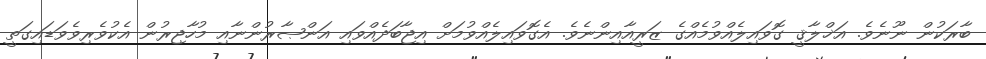
ބާރަކުން ނޫނެވެ. އަޚްލާޤީ ގޮވައިލެއްވުމެއްގެ ޒަރީއާއިންނެވެ. އެގޮވައިލެއްވުމަށް އިޖާބަދެއްވައި އަންޞާރުންނާއި މުހާޖިރުން އެކުވެރިވެވަޑައިގަތީ